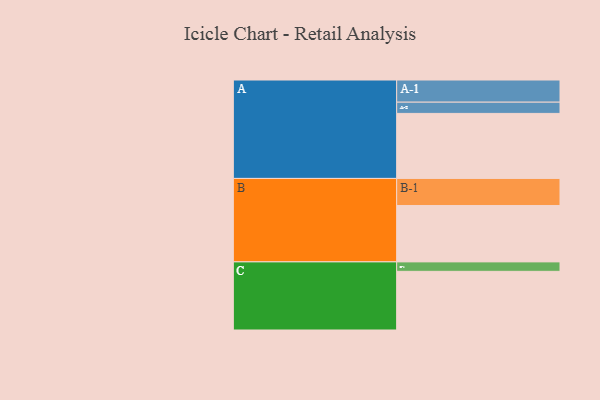
{"axis": {"x": "Segment", "y": "Value"}, "legend": ["", "A", "B", "C"], "data": [{"x": "A", "y": 399, "type": ""}, {"x": "B", "y": 346, "type": ""}, {"x": "C", "y": 360, "type": ""}, {"x": "A-1", "y": 136, "type": "A"}, {"x": "A-2", "y": 69, "type": "A"}, {"x": "B-1", "y": 166, "type": "B"}, {"x": "C-1", "y": 58, "type": "C"}]}